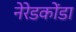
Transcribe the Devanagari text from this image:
नेरेडकोंडा